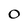
Character: 0